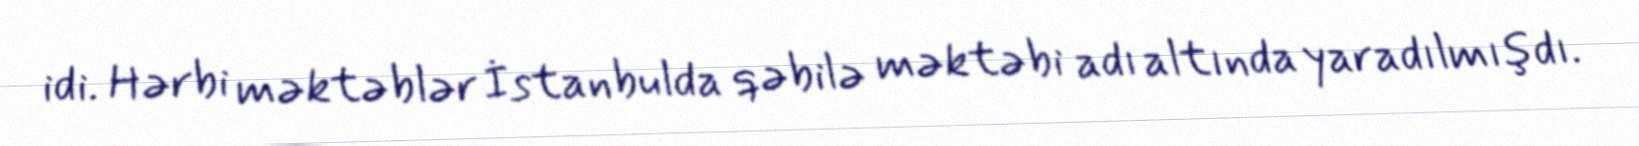
idi. Hərbi məktəblər İstanbulda qəbilə məktəbi adı altında yaradılmışdı.